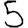
Digit: 5